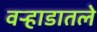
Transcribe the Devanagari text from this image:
वऱ्हाडातले